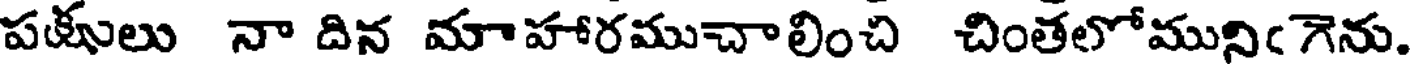
పకులు నా దిన మాహారముచాలించి చింతలోమునిఁగెను.